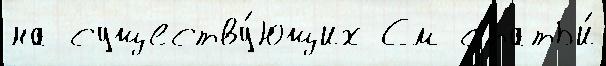
на существу́ющих См статьи́